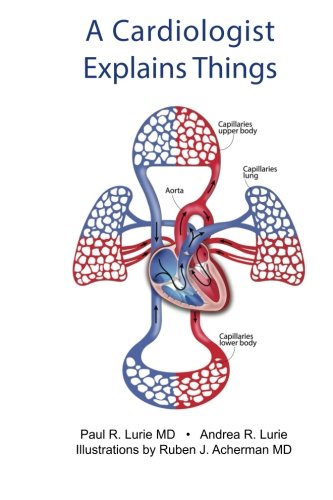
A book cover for A Cardiologist Explains Things: Basic Information for the Layperson; Paul R. Lurie M.D.; Health, Fitness & Dieting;